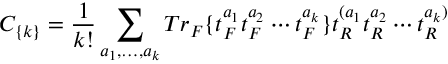
C _ { \{ k \} } = { \frac { 1 } { k ! } } \sum _ { a _ { 1 } , \dots , a _ { k } } T r _ { F } \{ t _ { F } ^ { a _ { 1 } } t _ { F } ^ { a _ { 2 } } \cdots t _ { F } ^ { a _ { k } } \} t _ { R } ^ { ( a _ { 1 } } t _ { R } ^ { a _ { 2 } } \cdots t _ { R } ^ { a _ { k } ) }